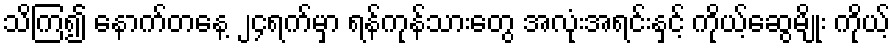
သိကြ၍ နောက်တနေ့ ၂၄ရက်မှာ ရန်ကုန်သားတွေ အလုံးအရင်းနှင့် ကိုယ့်ဆွေမျိုး ကိုယ့်